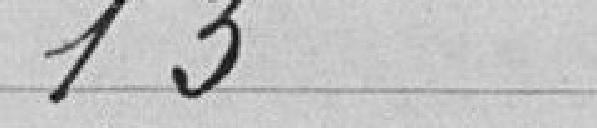
13